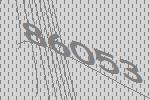
86053